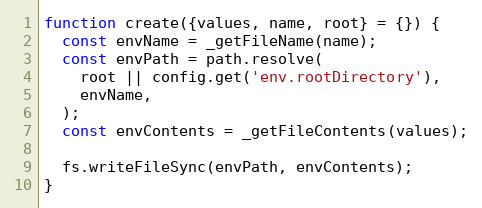
Language: JavaScript
function create({values, name, root} = {}) {
  const envName = _getFileName(name);
  const envPath = path.resolve(
    root || config.get('env.rootDirectory'),
    envName,
  );
  const envContents = _getFileContents(values);

  fs.writeFileSync(envPath, envContents);
}